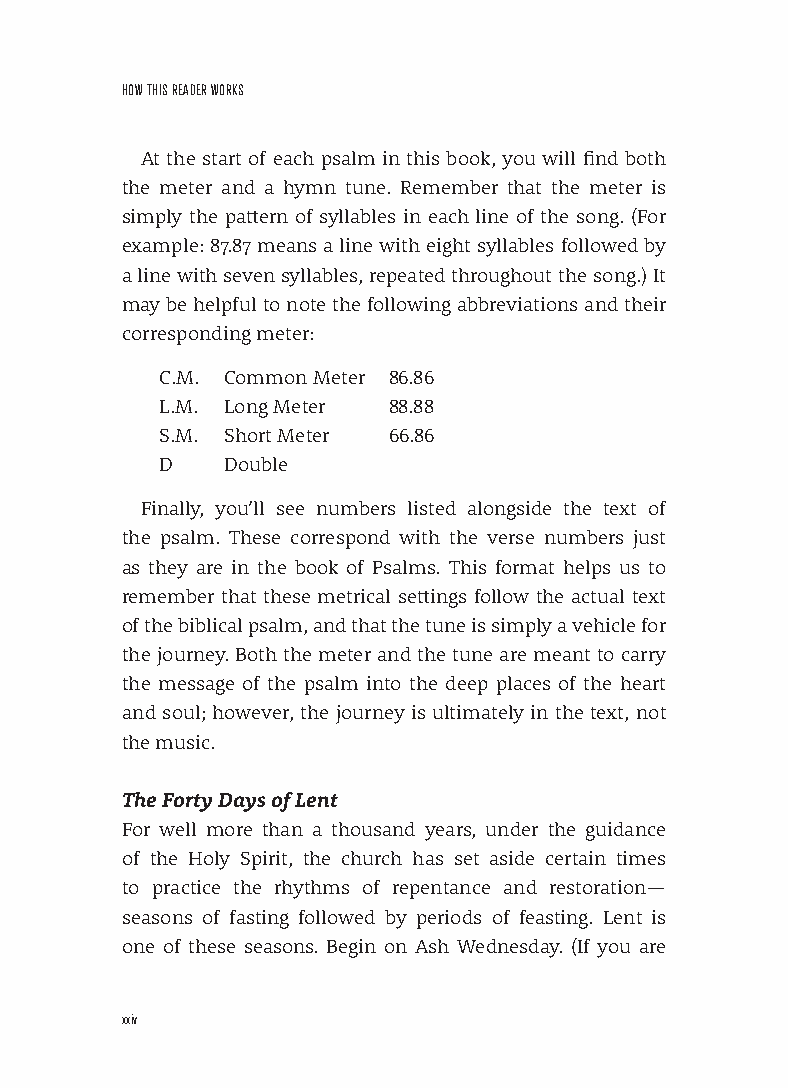
HoW THIs reADer Works
 At the start of each psalm in this book, you will find both
 the meter and a hymn tune. Remember that the meter is
 simply the pattern of syllables in each line of the song. (For
 example: 87.87 means a line with eight syllables followed by
 a line with seven syllables, repeated throughout the song.) It
 may be helpful to note the following abbreviations and their
 corresponding meter:
 C.M. Common Meter 86.86
 L.M. Long Meter 88.88
 S.M. Short Meter 66.86
 D   Double
 Finally, you’ll see numbers listed alongside the text of
 the psalm. These correspond with the verse numbers just
 as they are in the book of Psalms. This format helps us to
 remember that these metrical settings follow the actual text
 of the biblical psalm, and that the tune is simply a vehicle for
 the journey. Both the meter and the tune are meant to carry
 the message of the psalm into the deep places of the heart
 and soul; however, the journey is ultimately in the text, not
 the music.
 The Forty Days of Lent
 For well more than a thousand years, under the guidance
 of the Holy Spirit, the church has set aside certain times
 to practice the rhythms of repentance and restoration—
 seasons of fasting followed by periods of feasting. Lent is
 one of these seasons. Begin on Ash Wednesday. (If you are
 xxiv